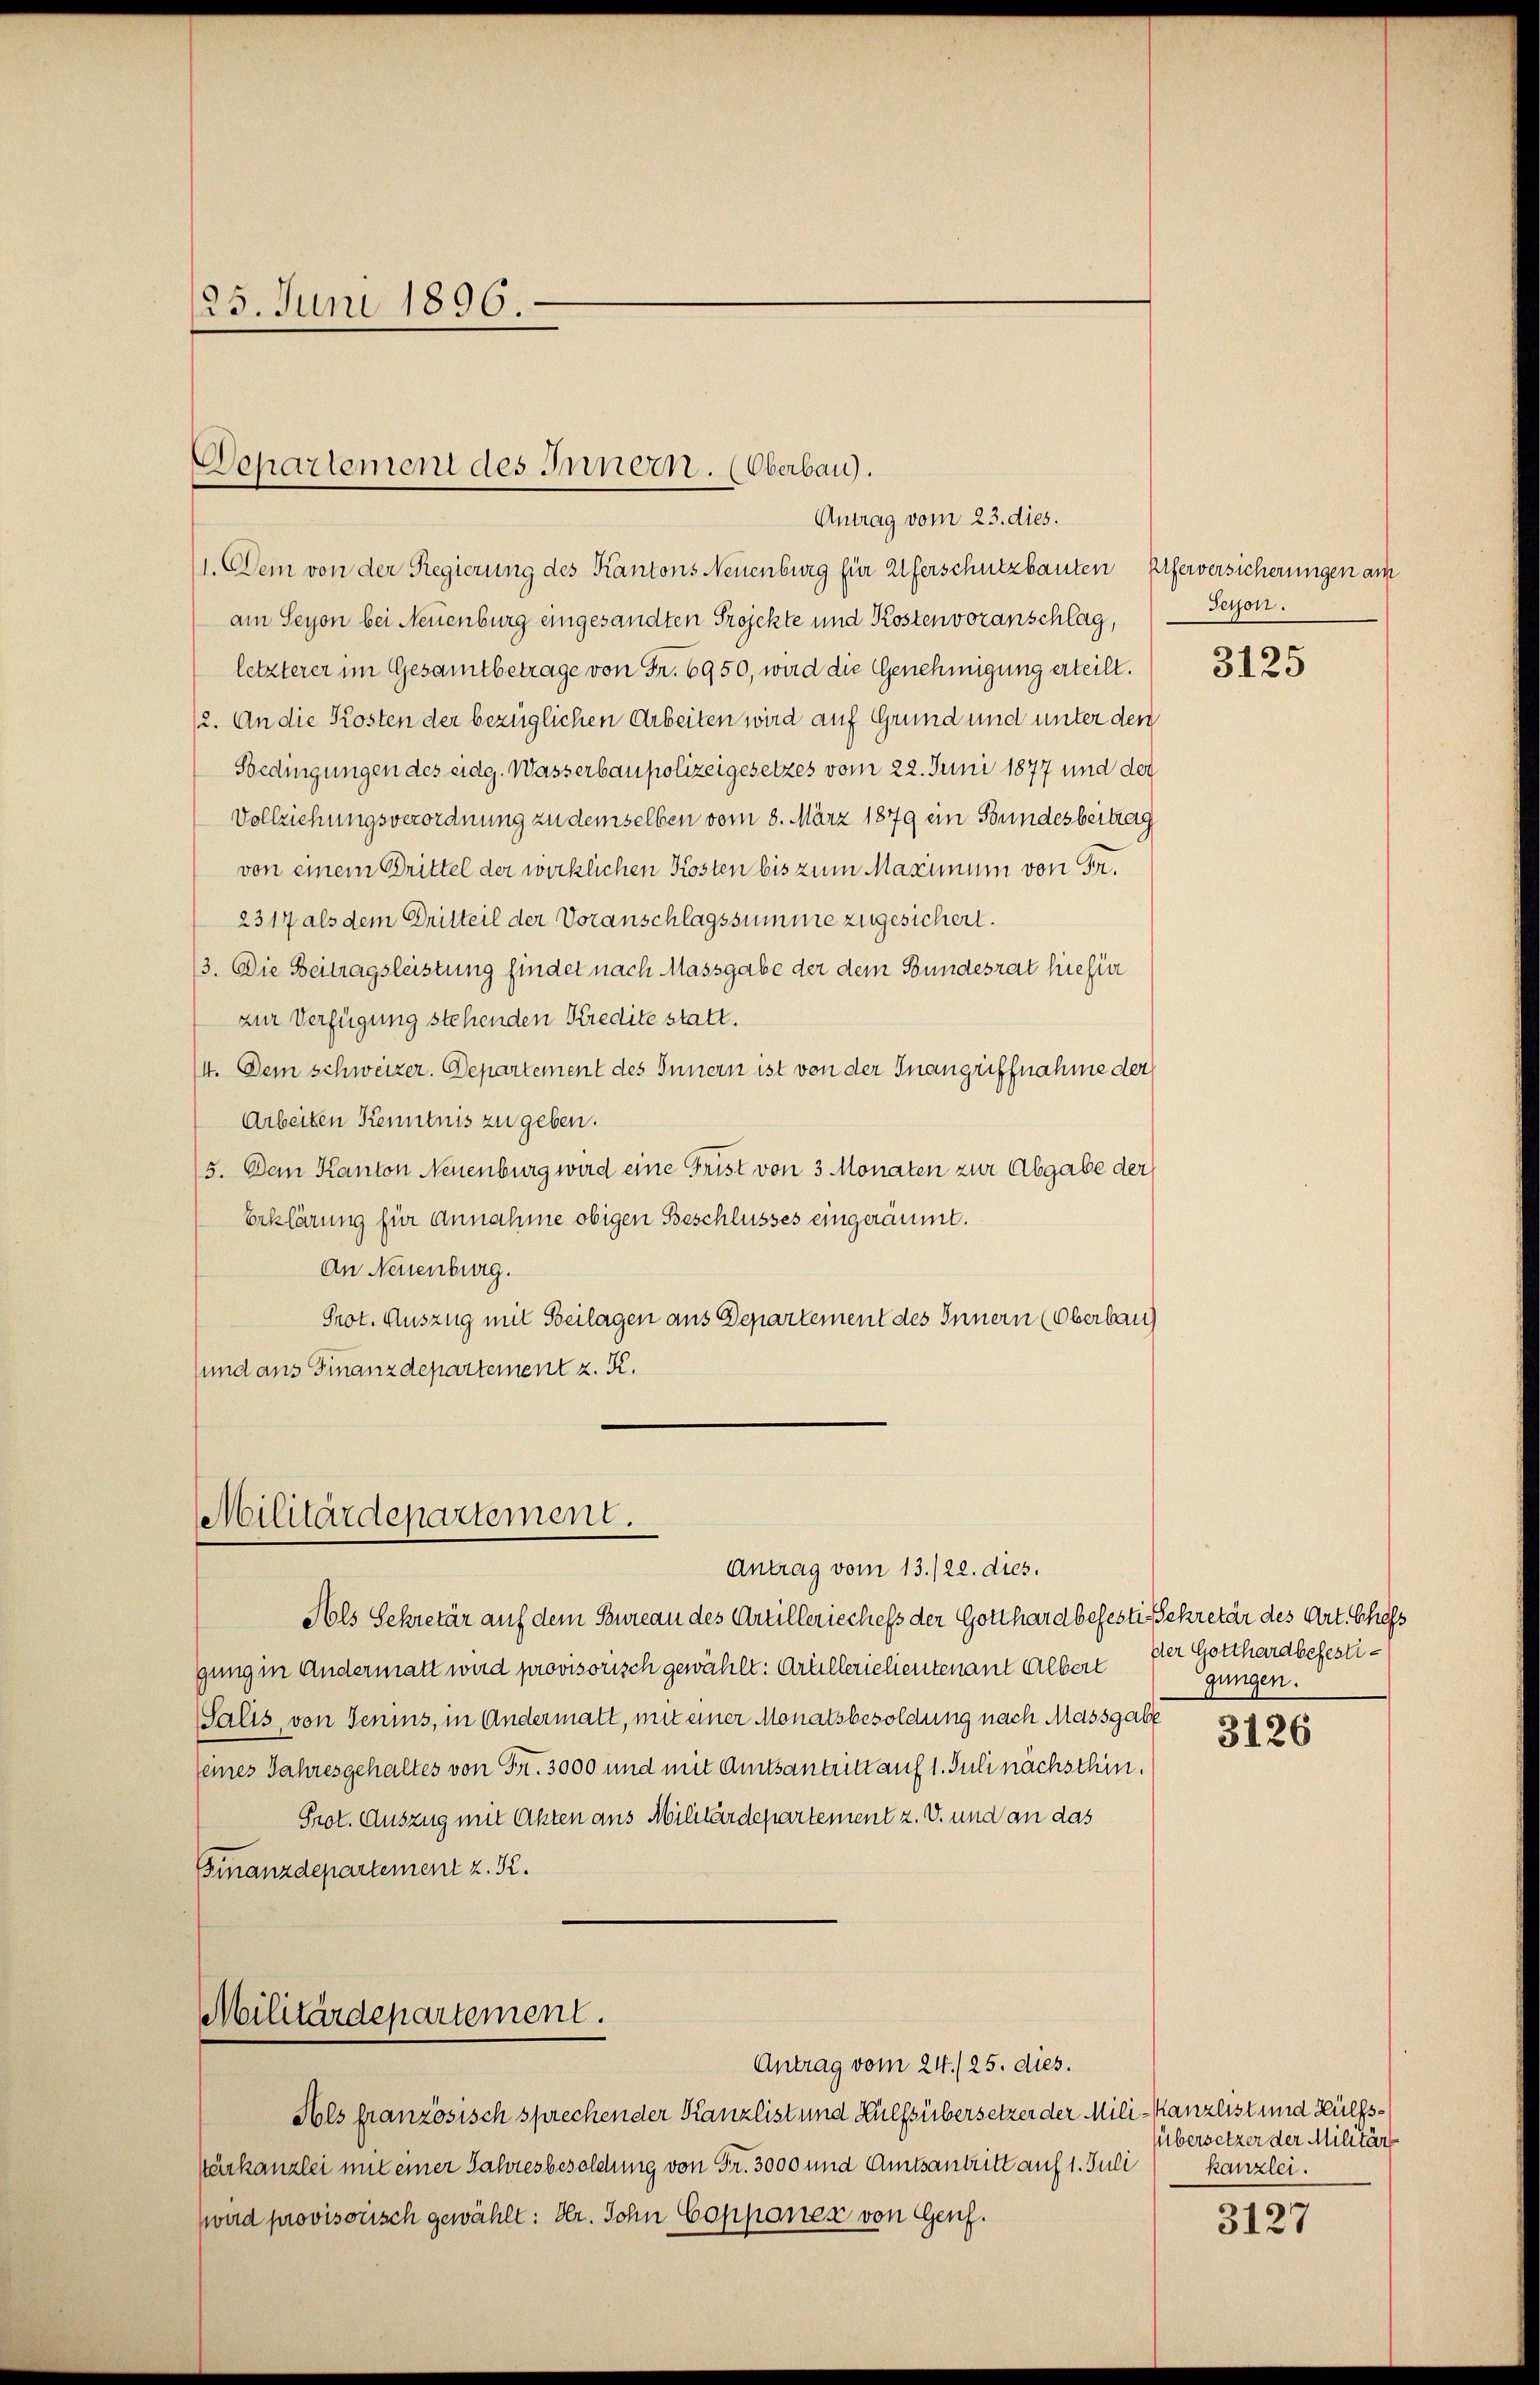
125. Juni 1896.

Departement des Innern. (Oberbau).
Antrag vom 23. dies.

1. Dem von der Regierung des Kantons Neuenburg für Uferschutzbauten Eiferversicherungen am
am Seyon bei Neuenburg eingesandten Projekte und Kostenvoranschlag,
letzterer im Gesamtbetrage von Fr. 6950, wird die Genehmigung erteilt.
2. An die Kosten der bezüglichen Arbeiten wird auf Grund und unter den
Bedingungen des eidg. Wasserbaupolizeigesetzes vom 22. Juni 1877 und der
Vollziehungsverordnung zu demselben vom 8. März 1879 ein Bundesbeitrag
von einem Drittel der wirklichen Kosten bis zum Maximum von Fr.
2317 als dem Dritteil der Voranschlagssumme zugesichert.
13. Die Beitragsleistung findet nach Massgabe der dem Bundesrat hiefier
zur Verfügung stehenden Kredite statt.
14. Dem schweizer. Departement des Innern ist von der Inangriffnahme der
Arbeiten Kenntnis zu geben.
5. Den Kanton Neuenburg wird eine Frist von 3 Monaten zur Abgabe der
Erklärung für Annahme obigen Beschlusses eingeräumt.
An Neuenburg.
Prot. Auszug mit Beilagen aus Departement des Innern (Oberbau
(und aus Finanzdepartement z. K.

Militärdepartement.
Antrag vom 13./22. dies.

Militärdepartement.

Antrag vom 24./25. dies.

Hols Sekretär auf dem Bureau des Artilleriechefs der Gotthard befesti Sekretär des Art. Chefs
gung in Andermatt wird provisorisch gewählt: Artillerielientenant Albert
Salis von Jenins, in Andermatt, mit einer Monatsbesoldung nach Massgabe
seines Jahresgehaltes von Fr. 3000 und mit Amtsantritt auf 1. Juli nächsthin.
Prot. Auszug mit Akten aus Militärdepartement z. v. und an das
Finanzdepartement z. K.

Als französisch sprechender Kanzlist und Hülfsübersetzer der Mili-Kanzlist und Hülfskarkanzlei mit einer Jahresbesoldung von Fr. 3000 und Amtsantritt auf 1. Juli
wird provisorisch gewählt: Hr. Sohn Copponer von Genf.

Person.

3125

Der Gotthardbefestigungen.

3126

Übersetzer der Militär
kanzlei.
3127